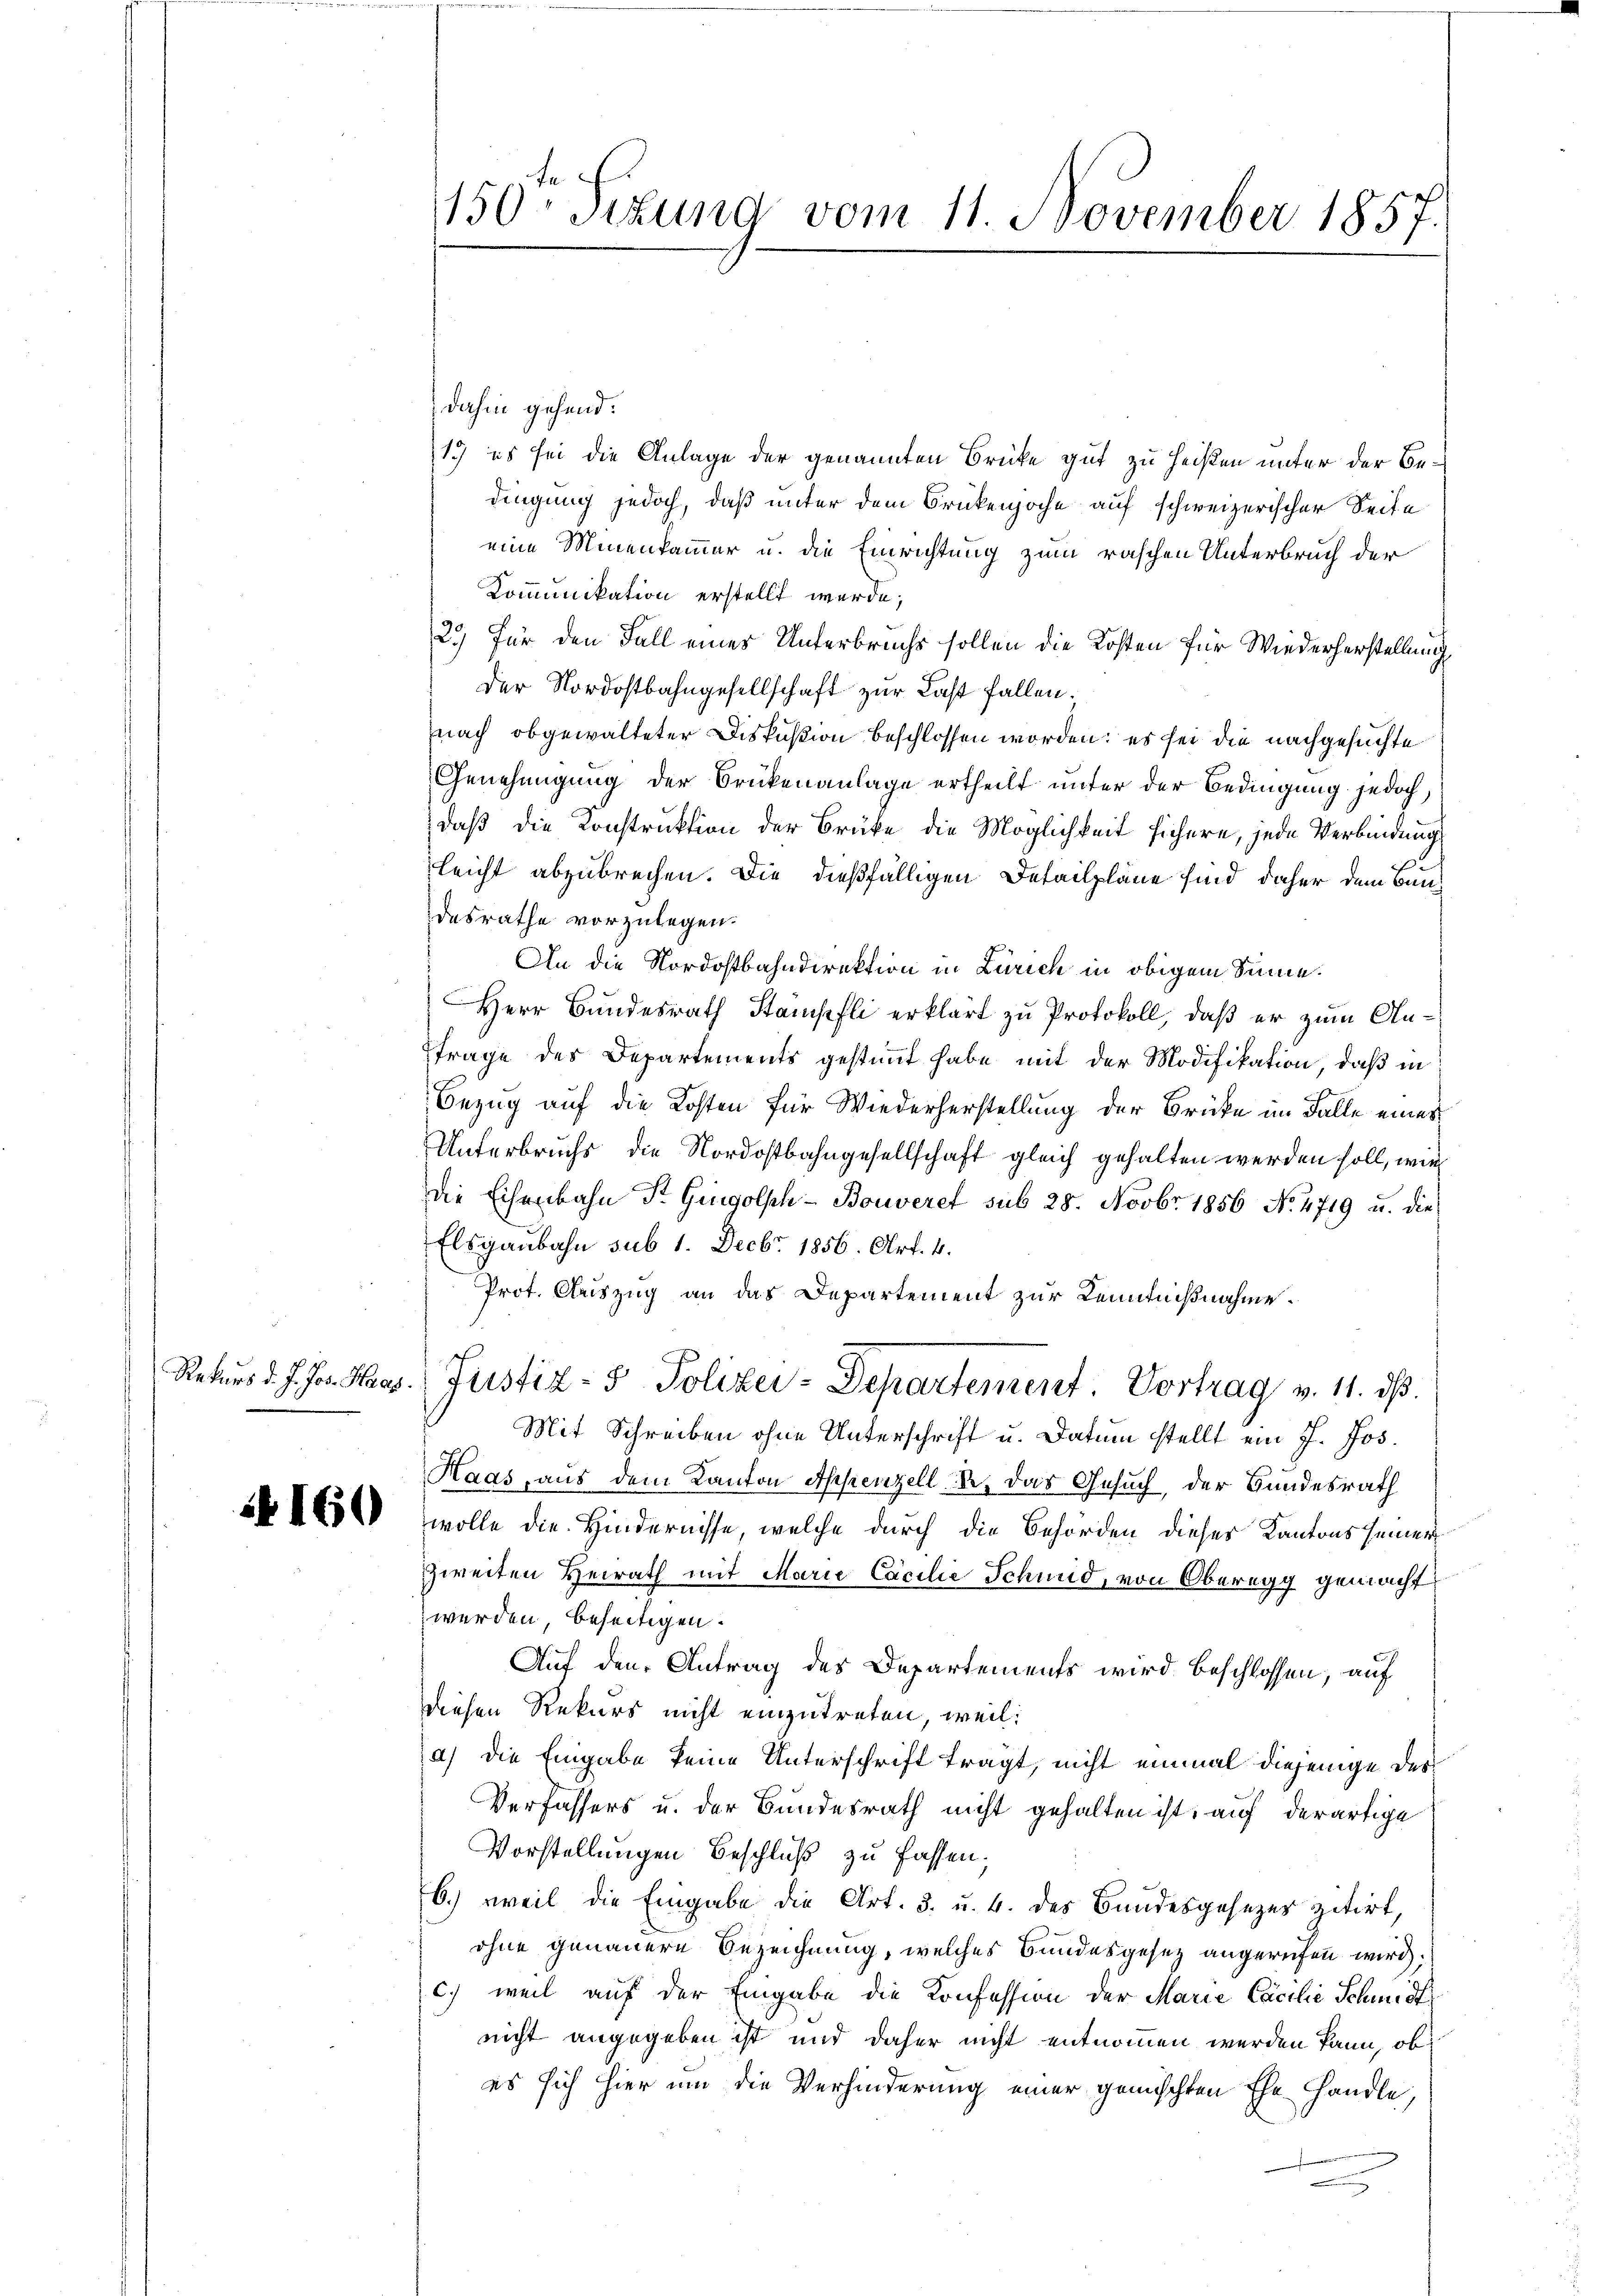
4160

dahin gehend.
13 es sei die Anlage der genannten Brücke gut zu heißen unter der Bedingung jedoch, daß unter dem Brükenzoche auf schweizerischer Seite
eine Minenkammer u. die Einrichtung zum raschen Unterbruch der
Kommunikation erstellt werde;
2.) Für den Fall einer Unterbruchs sollen die Kosten für Wiederherstellung
Der Nordostbahngesellschaft zur Last fallen.
nach obgewalteter Diskußion beschlossen worden: es sei die nachgesuchte
Genehmigung der Brükenanlage ertheilt unter der Bedingung jedoch,
daß die Konstruktion der Brüke die Möglichkeit sichere, jede Verbindung
gleicht abzubrechen. Die dießfälligen Detailpläne sind daher dem Baudesrathe vorzulegen.
An die Nordostbahndirektion in Zürich in obigem Sinne.
Herr Bundesrath Stämpfli erklärt zu Protokoll, daß er zum Anfrage des Departements gestimmt habe mit der Modifikation, daß in
Bezug auf die Kosten für Wiederherstellung der Brücke im Falle eines
Unterbruchs, die Nordostbahngesellschaft gleich gehalten werden soll, wie
die Eisenbahn Fr. Gingolph -Bouveret sub 28. Novbr. 1856 No. 4719 u. die
Elsgaubahn sub 1. Decbr. 1856. Art. 4.
Prot. Auszug an das Departement zur Kenntnißnahme.
Rekŭrs d. J. Hr. Haas Justiz- & Polizei-Departement Vortrag v. 14. ds.
Mit Schreiben ohne Unterschrift u. Datum stellt ein P. Jos.
Haas, aus dem Kanton Appenzell u. das Gesuch, der Bundesrath
wolle die Hindernisse, welche durch die Behörden dieses Kantons seiner
zweiten Heirath mit Marie Cacilie Schmid, von Oberegg gemacht
werden, beseitigen.
Auf den Antrag des Departements wird beschlossen, auf
diesen Rekurs nicht einzutreten, weil:
a) die Eingabe keine Unterschrift tragt, nicht einmal diejenige des¬
Verfassers u. der Bundesrath nicht gehalten ist, auf derartige
Vorstellungen Beschluß zu fassen;
6.) weil die Eingabe die Art. 3. u. 4. des Bundesgesezes zitirt,
ohne genauere Bezeichnung, welches Bundesgesetz angerufen wird,
c.) weil auf der Eingabe die Konfession der Marie Cacilie Schmidt
nicht angegeben ist und daher nicht entnommen werden kann, ob
es sich hier um die Verhinderung einer gemischten Ehe handle
n

150. Situng vom 11. November 1857.